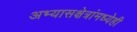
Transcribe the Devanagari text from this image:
अभ्यासक्षेत्रांमध्येही